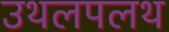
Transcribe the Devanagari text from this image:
उथलपलथ